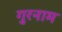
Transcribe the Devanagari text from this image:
गुरनाम